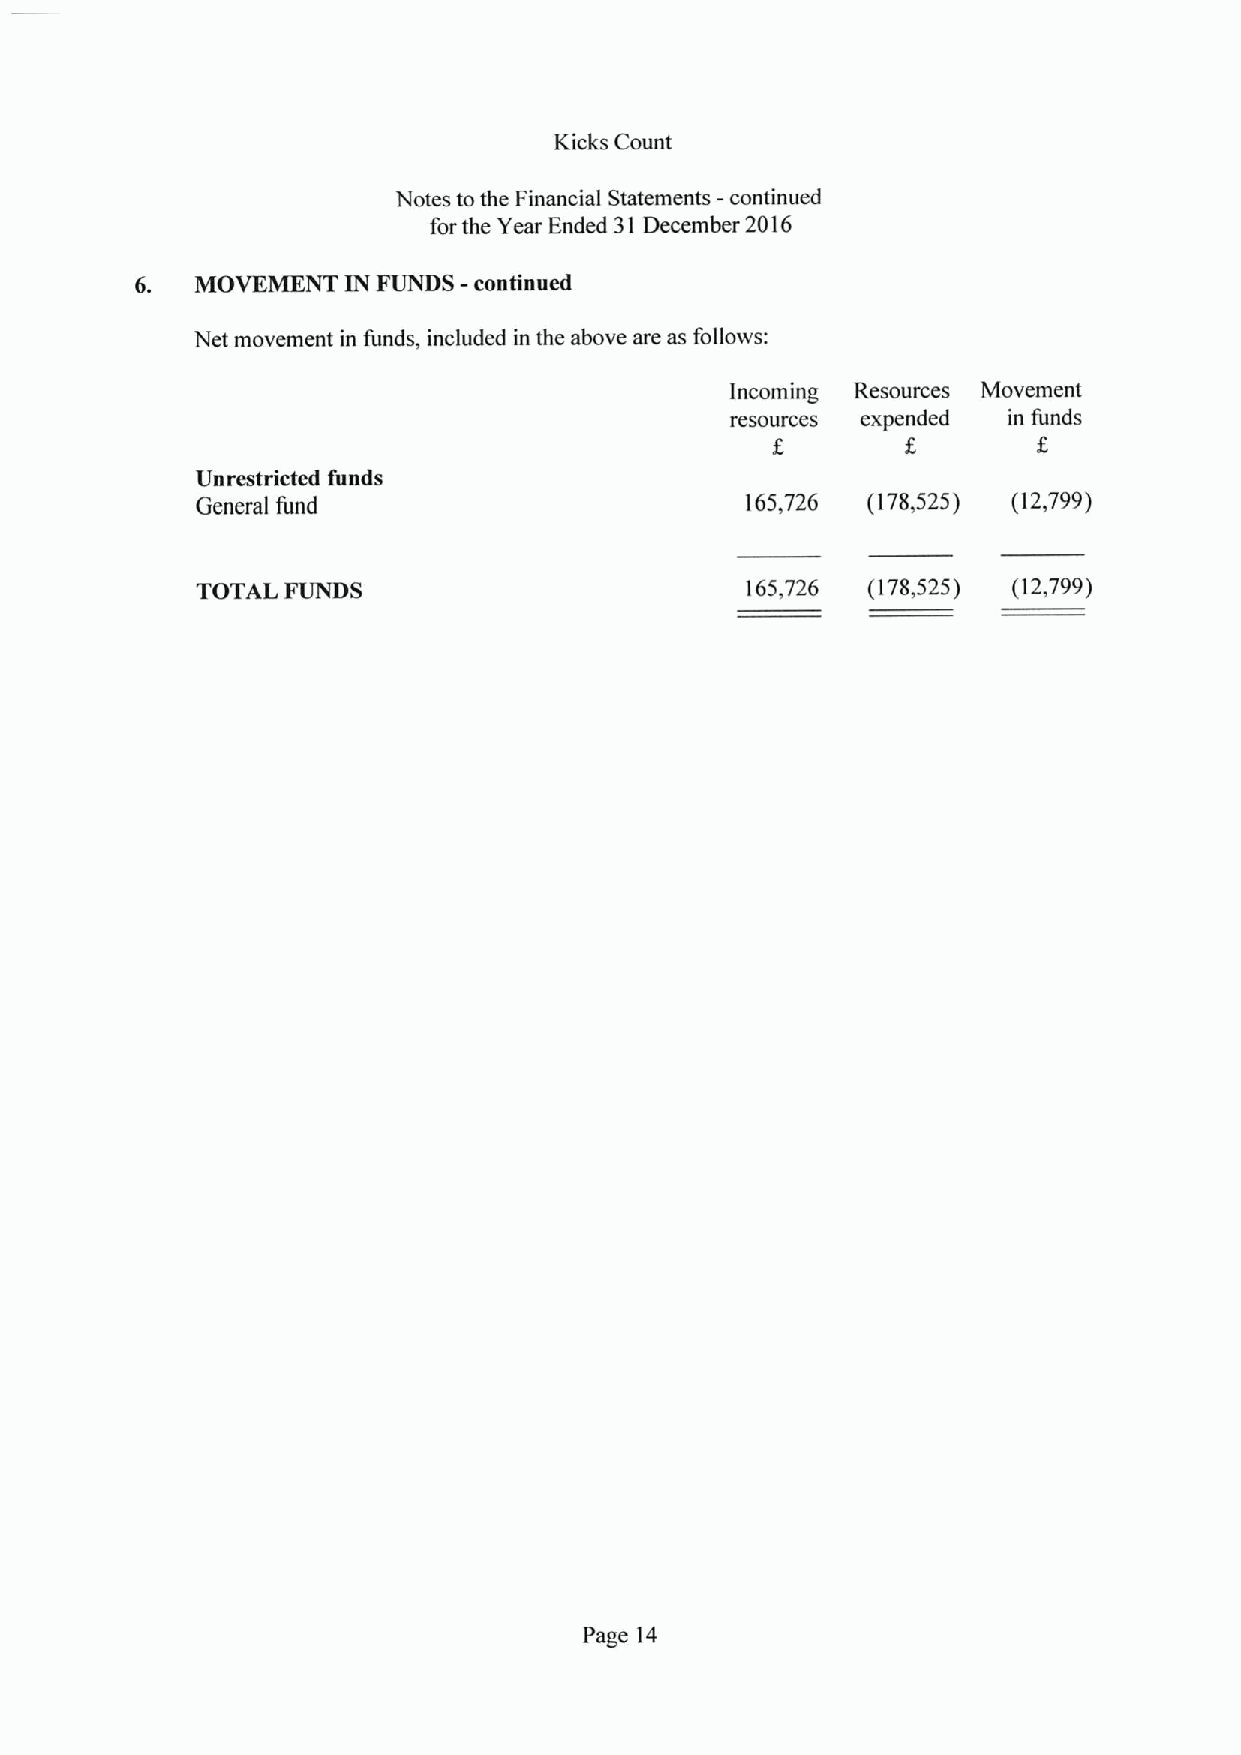
Kicks Count
 -
 Notes to the Financial Statements continued
 for the Year Ended 31 December 2016
 -
 6.  MOVEMENT  IN FUNDS continued
 Net movement in funds, included in the above are as follows:
 Incoming Resources Movement
 resources expended in funds
 f.       g
 Unrestricted funds
 General fund                        165,726 (178,525) (12,799)
 TOTAL FUNDS                         165,726 (178,525) (12,799)
 Page 14